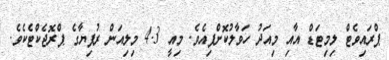
ޕްރައިވެޓް ލިމިޓަޑް އާއި މިއަދު ހަވާލުކޮށްފިއެވެ. މިއީ 4.3 މިލިއަން ރުފިޔާގެ ޕްރޮޖެކްޓެކެވެ.